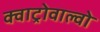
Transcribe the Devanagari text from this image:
क्वाट्रोवाल्वो